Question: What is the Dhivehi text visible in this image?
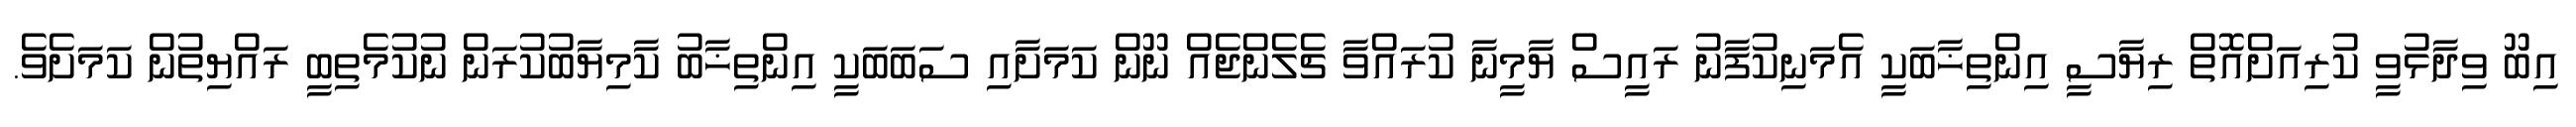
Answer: އިބޫ ވިދާޅުވީ ކުރިއަށްއޮތް ރިޔާސީ އިންތިޚާބަކީ އެމަނިކުފާނު ރައީސް ޔާމީނާ ކުރައްވާ ޗެލެންޖެއް ނޫން ކަމަށާއި ސަބަބަކީ އިންތިޚާބު ކާމިޔާބުކުރަން ނުކުމެތިބީ ރައްޔިތުން ކަމަށެވެ.